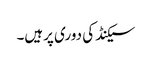
سیکنڈ کی دوری پرہیں۔